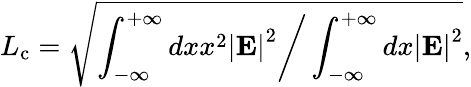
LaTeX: L_{\mathrm{c}}=\sqrt{\left.\int_{-\infty}^{+\infty}dxx^{2}\left|{\mathbf E}\right|^{2}\right/\int_{-\infty}^{+\infty}dx\left|{\mathbf E}\right|^{2}},